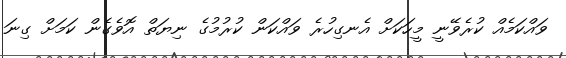
ވައްކަމެއް ކުރެވޭނީ މީހަކަށް އެނގިހުރެ ވައްކަން ކުރުމުގެ ނިޔަތް އޮވެގެން ކަމަށް ގިނަ